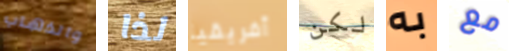
والذهاب لذا أفريقيا لكن به مع